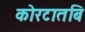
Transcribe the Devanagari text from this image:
कोरटातबि